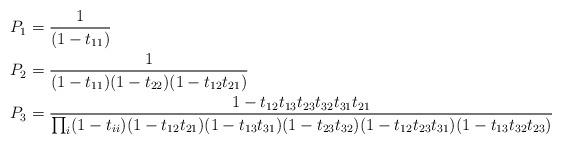
LaTeX: \begin{align*}P_1&=\frac1{(1-t_{11})}\\P_2&=\frac1{(1-t_{11})(1-t_{22})(1-t_{12}t_{21})}\\P_3&=\frac{1-t_{12}t_{13}t_{23}t_{32}t_{31}t_{21}}{\prod_i(1-t_{ii})(1-t_{12}t_{21})(1-t_{13}t_{31})(1-t_{23}t_{32})(1-t_{12}t_{23}t_{31})(1-t_{13}t_{32}t_{23})}\end{align*}